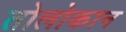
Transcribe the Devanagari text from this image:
तोलोकान